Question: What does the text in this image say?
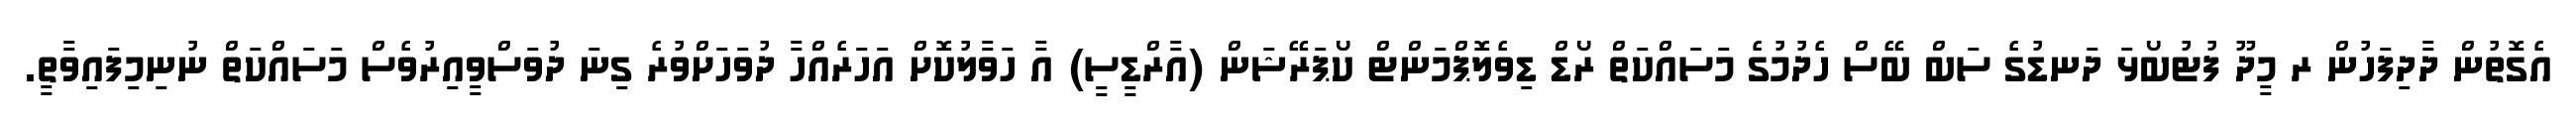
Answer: އެގޮތުން ދާދިފަހުން ރ މީދޫ ފުޓުބޯޅަ ދަނޑުގެ ސަބް ބޭސް ހެދުމުގެ މަސައްކަތް ރޯޑް ޑިވެލޮޕްމަންޓް ކޯޕަރޭޝަން (އާރްޑީސީ) އާ ހަވާލުކޮށް އަހަރެއްހާ ދުވަހަށްވުރެ ގިނަ ދުވަސްވީއިރުވެސް މަސައްކަތް ނުނިމިފައިވާތީ.